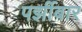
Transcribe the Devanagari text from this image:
पर्झीबार